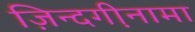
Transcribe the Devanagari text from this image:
ज़िन्दगी़नामा